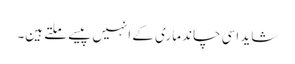
شاید اسی چاند ماری کے انہیں پیسے ملتے ہین۔